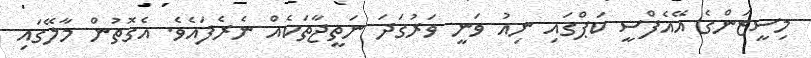
މިސީޒަންގެ އޭއެފްސީ ކަޕްގައި ނިއު ވަނީ ވަރުގަދަ ނަތީޖާތަކެއް ނެރެފައެވެ. އެގޮތުން މާލޭގައި